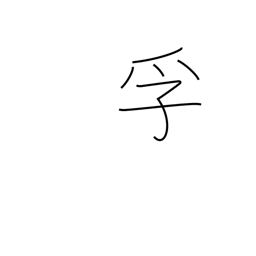
Meaning: encase